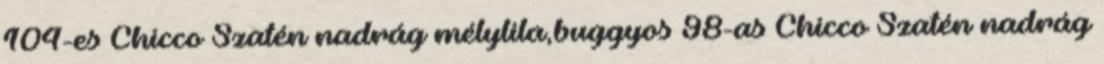
104-es Chicco Szatén nadrág mélylila,buggyos 98-as Chicco Szatén nadrág